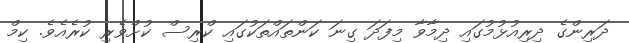
ދަރިންގެ ދިރިއުޅުމުގައި ދިމާވާ މިފަދަ ގިނަ ކަންތައްތަކުގައި ކްރިސް ކުށްވެރި ކުރެއެވެ. ކިމް